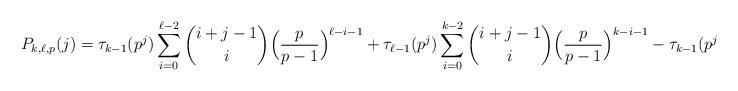
LaTeX: \begin{align*} P_{k,\ell,p}(j) &= \tau_{k-1}(p^j) \sum_{i=0}^{\ell-2} \binom{i+j-1}{i} \Big( \frac{p}{p-1} \Big)^{\ell-i-1} + \tau_{\ell-1}(p^j) \sum_{i=0}^{k-2} \binom{i+j-1}{i} \Big( \frac{p}{p-1} \Big)^{k-i-1} -\tau_{k-1}(p^j) \tau_{\ell-1}(p^j).\end{align*}